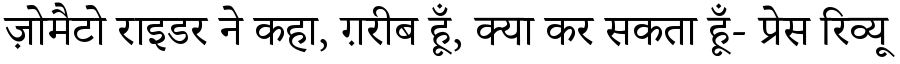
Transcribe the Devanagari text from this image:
ज़ोमैटो राइडर ने कहा, ग़रीब हूँ, क्या कर सकता हूँ- प्रेस रिव्यू